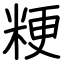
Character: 粳